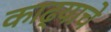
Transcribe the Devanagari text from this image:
काढ्याचे